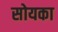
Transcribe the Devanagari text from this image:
सोयका